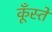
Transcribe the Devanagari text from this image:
कूँस्ते